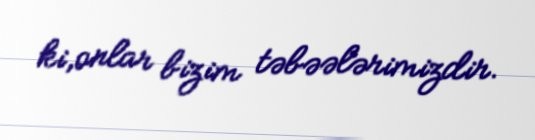
ki,onlar bizim təbəələrimizdir.